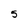
Character: S